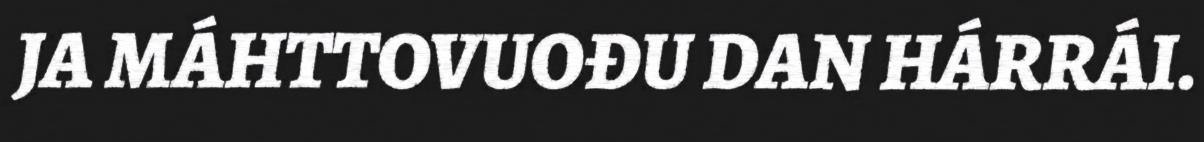
JA MÁHTTOVUOĐU DAN HÁRRÁI.